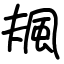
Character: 𩖬